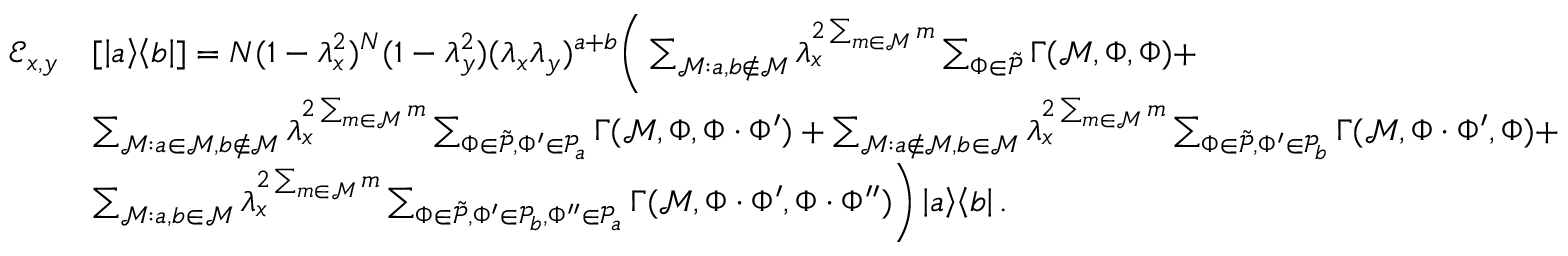
\begin{array} { r l } { \mathcal { E } _ { x , y } } & { [ \left| a \middle > \middle < b \right| ] = N ( 1 - \lambda _ { x } ^ { 2 } ) ^ { N } ( 1 - \lambda _ { y } ^ { 2 } ) ( \lambda _ { x } \lambda _ { y } ) ^ { a + b } \Bigg ( \sum _ { \mathcal { M } : a , b \notin \mathcal { M } } \lambda _ { x } ^ { 2 \sum _ { m \in \mathcal { M } } m } \sum _ { \Phi \in \tilde { \mathcal { P } } } \Gamma ( \mathcal { M } , \Phi , \Phi ) + } \\ & { \sum _ { \mathcal { M } : a \in \mathcal { M } , b \notin \mathcal { M } } \lambda _ { x } ^ { 2 \sum _ { m \in \mathcal { M } } m } \sum _ { \Phi \in \tilde { \mathcal { P } } , \Phi ^ { \prime } \in \mathcal { P } _ { a } } \Gamma ( \mathcal { M } , \Phi , \Phi \cdot \Phi ^ { \prime } ) + \sum _ { \mathcal { M } : a \notin \mathcal { M } , b \in \mathcal { M } } \lambda _ { x } ^ { 2 \sum _ { m \in \mathcal { M } } m } \sum _ { \Phi \in \tilde { \mathcal { P } } , \Phi ^ { \prime } \in \mathcal { P } _ { b } } \Gamma ( \mathcal { M } , \Phi \cdot \Phi ^ { \prime } , \Phi ) + } \\ & { \sum _ { \mathcal { M } : a , b \in \mathcal { M } } \lambda _ { x } ^ { 2 \sum _ { m \in \mathcal { M } } m } \sum _ { \Phi \in \tilde { \mathcal { P } } , \Phi ^ { \prime } \in \mathcal { P } _ { b } , \Phi ^ { \prime \prime } \in \mathcal { P } _ { a } } \Gamma ( \mathcal { M } , \Phi \cdot \Phi ^ { \prime } , \Phi \cdot \Phi ^ { \prime \prime } ) \Bigg ) \left| a \middle > \middle < b \right| . } \end{array}